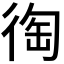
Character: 𢔇